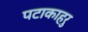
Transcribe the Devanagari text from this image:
पटाकाहरु